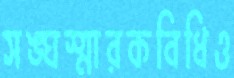
সঙ্ঘস্মারকবিধিও